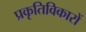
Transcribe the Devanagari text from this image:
प्रकृतिविकारों